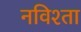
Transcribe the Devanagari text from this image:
नविश्ता